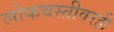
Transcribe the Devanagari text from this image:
लोकवस्तीवरही